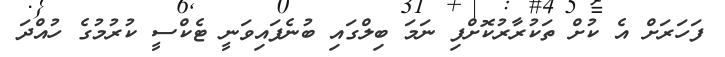
ފަހަރަށް އެ ކުށް ތަކުރާރުކޮށްފި ނަމަ ބިލްގައި ބުނެފައިވަނީ ޓެކްސީ ކުރުމުގެ ހުއްދަ